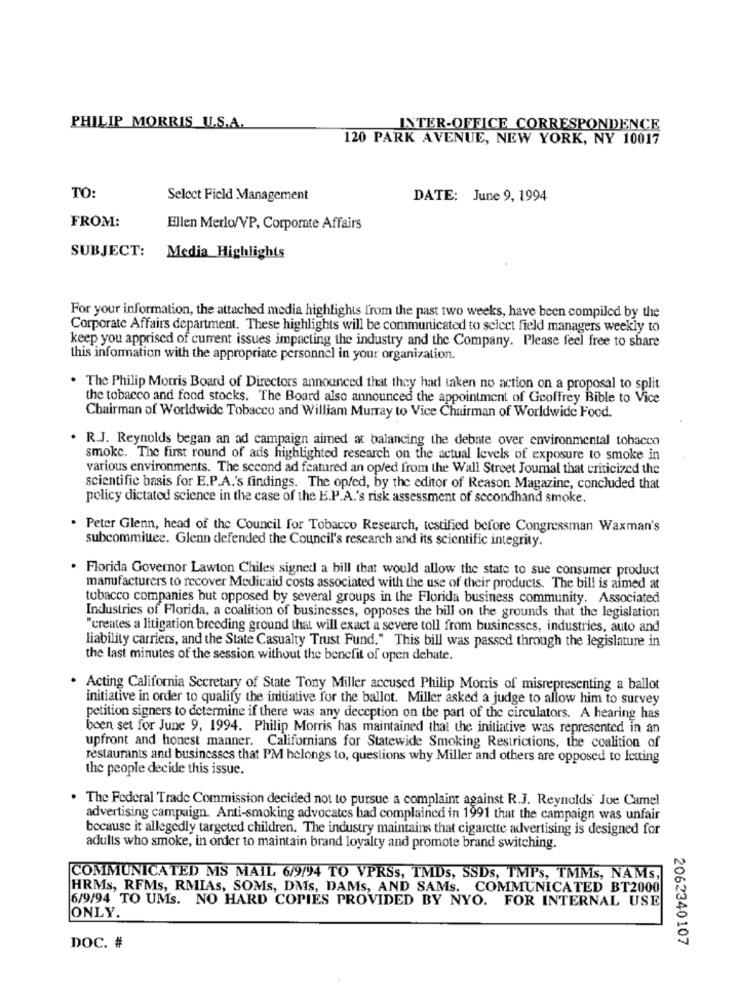
PHILIP MORRIS U.S.A.
INTER-OFFICE CORRESPONDENCE
120 PARK AVENUE, NEW YORK, NY 10017
TO:
Select Field Management
DATE: June 9, 1994
FROM:
Ellen Merlo/VP, Corporate Affairs
SUBJECT:
Media Highlights
For your information, the attached media highlights from the past two weeks, have been compiled by the
Corporate Affairs department. These highlights will be communicated to select field managers weekly to
keep you apprised of current issues impacting the industry and the Company. Please feel free to share
this information with the appropriate personnel in your organization.
. The Philip Morris Board of Directors announced that they had taken no action on a proposal to split
the tobacco and food stocks. The Board also announced the appointment of Geoffrey Bible to Vice
Chairman of Worldwide Tobacco and William Murray to Vice Chairman of Worldwide Food.
. R.J. Reynolds began an ad campaign aimed at balancing the debate over environmental tobacco
smoke. The first round of ads highlighted research on the actual levels of exposure to smoke in
various environments. The second ad featured an op/ed from the Wall Street Journal that criticized the
scientific basis for E.P.A.'s findings. The opfed, by the editor of Reason Magazine, concluded that
policy dictated science in the case of the E.P.A.'s risk assessment of secondhand smoke.
. Peter Glenn, head of the Council for Tobacco Research, testified before Congressman Waxman's
subcommittee. Glenn defended the Council's research and its scientific integrity.
. Florida Governor Lawton Chiles signed a bill that would allow the state to sue consumer product
manufacturers to recover Medicaid costs associated with the use of their products. The bill is aimed at
tobacco companies but opposed by several groups in the Florida business community. Associated
Industries of Florida, a coalition of businesses, opposes the bill on the grounds that the legislation
"creates a litigation breeding ground that will exact a severe toll from businesses, industries, auto and
liability carriers, and the State Casualty Trust Fund." This bill was passed through the legislature in
the last minutes of the session without the benefit of open debate.
Acting California Secretary of State Tony Miller accused Philip Morris of misrepresenting a ballot
initiative in order to qualify the initiative for the ballot. Miller asked a judge to allow him to survey
petition signers to determine if there was any deception on the part of the circulators. A hearing has
been set for June 9, 1994. Philip Morris has maintained that the initiative was represented in an
upfront and honest manner. Californians for Statewide Smoking Restrictions, the coalition of
restaurants and businesses that PM helongs to, questions why Miller and others are opposed to letting
the people decide this issue.
. The Federal Trade Commission decided not to pursue a complaint against R.J. Reynolds' Joe Camel
advertising campaign. Anti-smoking advocates bad complained in 1991 that the campaign was unfair
because it allegedly targeted children. The industry maintains that cigarette advertising is designed for
adults who smoke, in order to maintain brand loyalty and promote brand switching.
COMMUNICATED MS MAIL 6/9/94 TO VPRSs, TMDs, SSDs, TMPs, TMMs, NAMs,
HRMs, RFMs, RMIAs, SOMs, DMS, DAMs, AND SAMS. COMMUNICATED BT2000
6/9/94 TO UMs. NO HARD COPIES PROVIDED BY NYO. FOR INTERNAL USE
ONLY.
2062340107
DOC. #